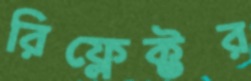
রিফ্লেক্টর